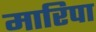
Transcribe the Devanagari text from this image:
मारिपा